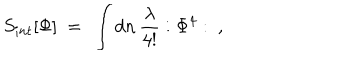
S _ { i n t } [ \Phi ] \ = \ \int d n \, { \frac { \lambda } { 4 ! } } : \Phi ^ { 4 } : \ ,